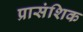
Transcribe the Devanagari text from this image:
प्रासंशिक